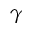
\gamma